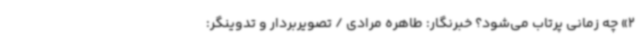
2» چه زمانی پرتاب می‌شود؟ خبرنگار: طاهره مرادی / تصویربردار و تدوینگر: